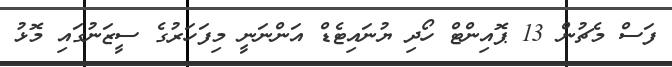
ފަސް މެޗުން 13 ޕޮއިންޓް ހޯދި ޔުނައިޓެޑް އަންނަނީ މިފަހަރުގެ ސީޒަނުގައި މޮޅު